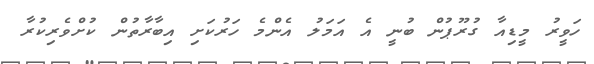
ހަވީރު މީޑިއާ ގުރޫޕުން ބުނީ އެ އަމަލު އެންމެ ހަރުކަށި އިބާރާތުން ކުށްވެރިކުރާ